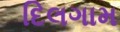
દિલગામ